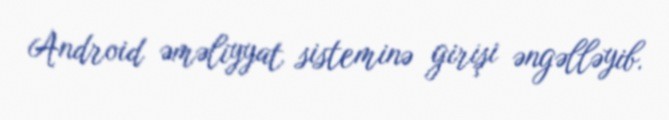
Android əməliyyat sisteminə girişi əngəlləyib.